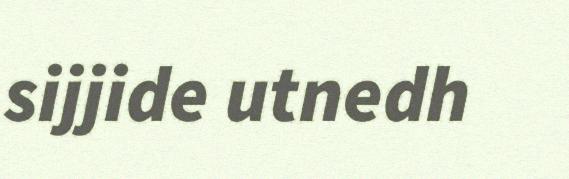
sijjide utnedh